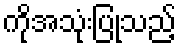
ကိုအသုံးပြုသည့်